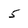
Character: 5